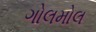
ગોલમોલ